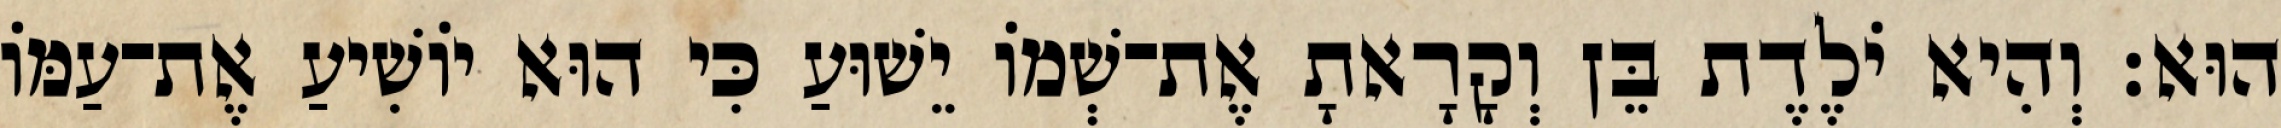
הוּא׃ וְהִיא יֹלֶדֶת בֵּן וְקָרָאתָ אֶת־שְׁמוֹ יֵשׁוּעַ כִּי הוּא יוֹשִׁיעַ אֶת־עַמּוֹ